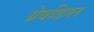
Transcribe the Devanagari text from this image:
ग्रेवडिगर